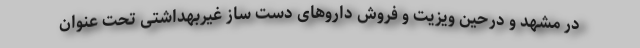
در مشهد و درحین ویزیت و فروش داروهای دست ساز غیربهداشتی تحت عنوان